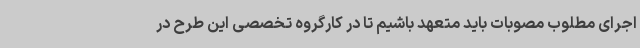
اجرای مطلوب مصوبات باید متعهد باشیم تا در کارگروه تخصصی این طرح در